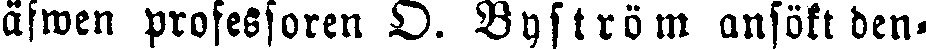
äfwen professoren O. Byström ansökt den-